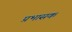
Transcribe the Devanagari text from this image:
प्रभासक